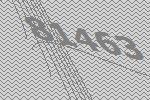
81463